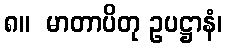
၈။  မာတာပိတု ဥပဋ္ဌာနံ၊